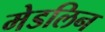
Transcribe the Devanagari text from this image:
मेडलिन